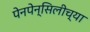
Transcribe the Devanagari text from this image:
पेनपेन्सिलीच्या